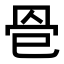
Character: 𦊦